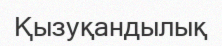
Қызуқандылық